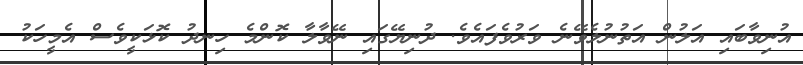
އުނިވާބައި އަލުން އަތުނުލެވޭނެ ވަރުވެފައެވެ. ދުނިޔޭގައި ނޭވާލާ ކޮންމެ ހިނދު ކޮޅަކީވެސް އެމީހަކު